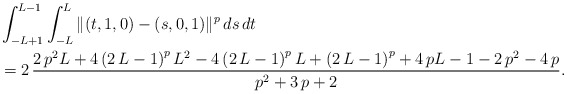
\begin{align*} &\int_{-L+1}^{L-1} \int_{-L}^L \Vert (t,1,0) - (s,0,1) \Vert^p \,ds\,dt \\ & = 2\,{\frac {2\,{p}^{2}L + 4 \left( 2\,L-1 \right)^{p}{L}^{2} - 4 \left( 2\,L-1 \right)^{p}L + \left( 2\,L-1 \right)^{p} + 4\,p L - 1 - 2\,{p}^{2} -4\,p} {{p}^{2}+3\,p+2}}. \end{align*}